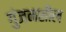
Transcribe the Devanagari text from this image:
गुंजनशील